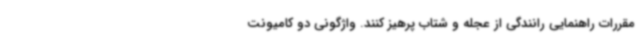
مقررات راهنمایی رانندگی از عجله و شتاب پرهیز کنند. واژگونی دو کامیونت